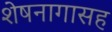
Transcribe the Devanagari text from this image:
शेषनागासह